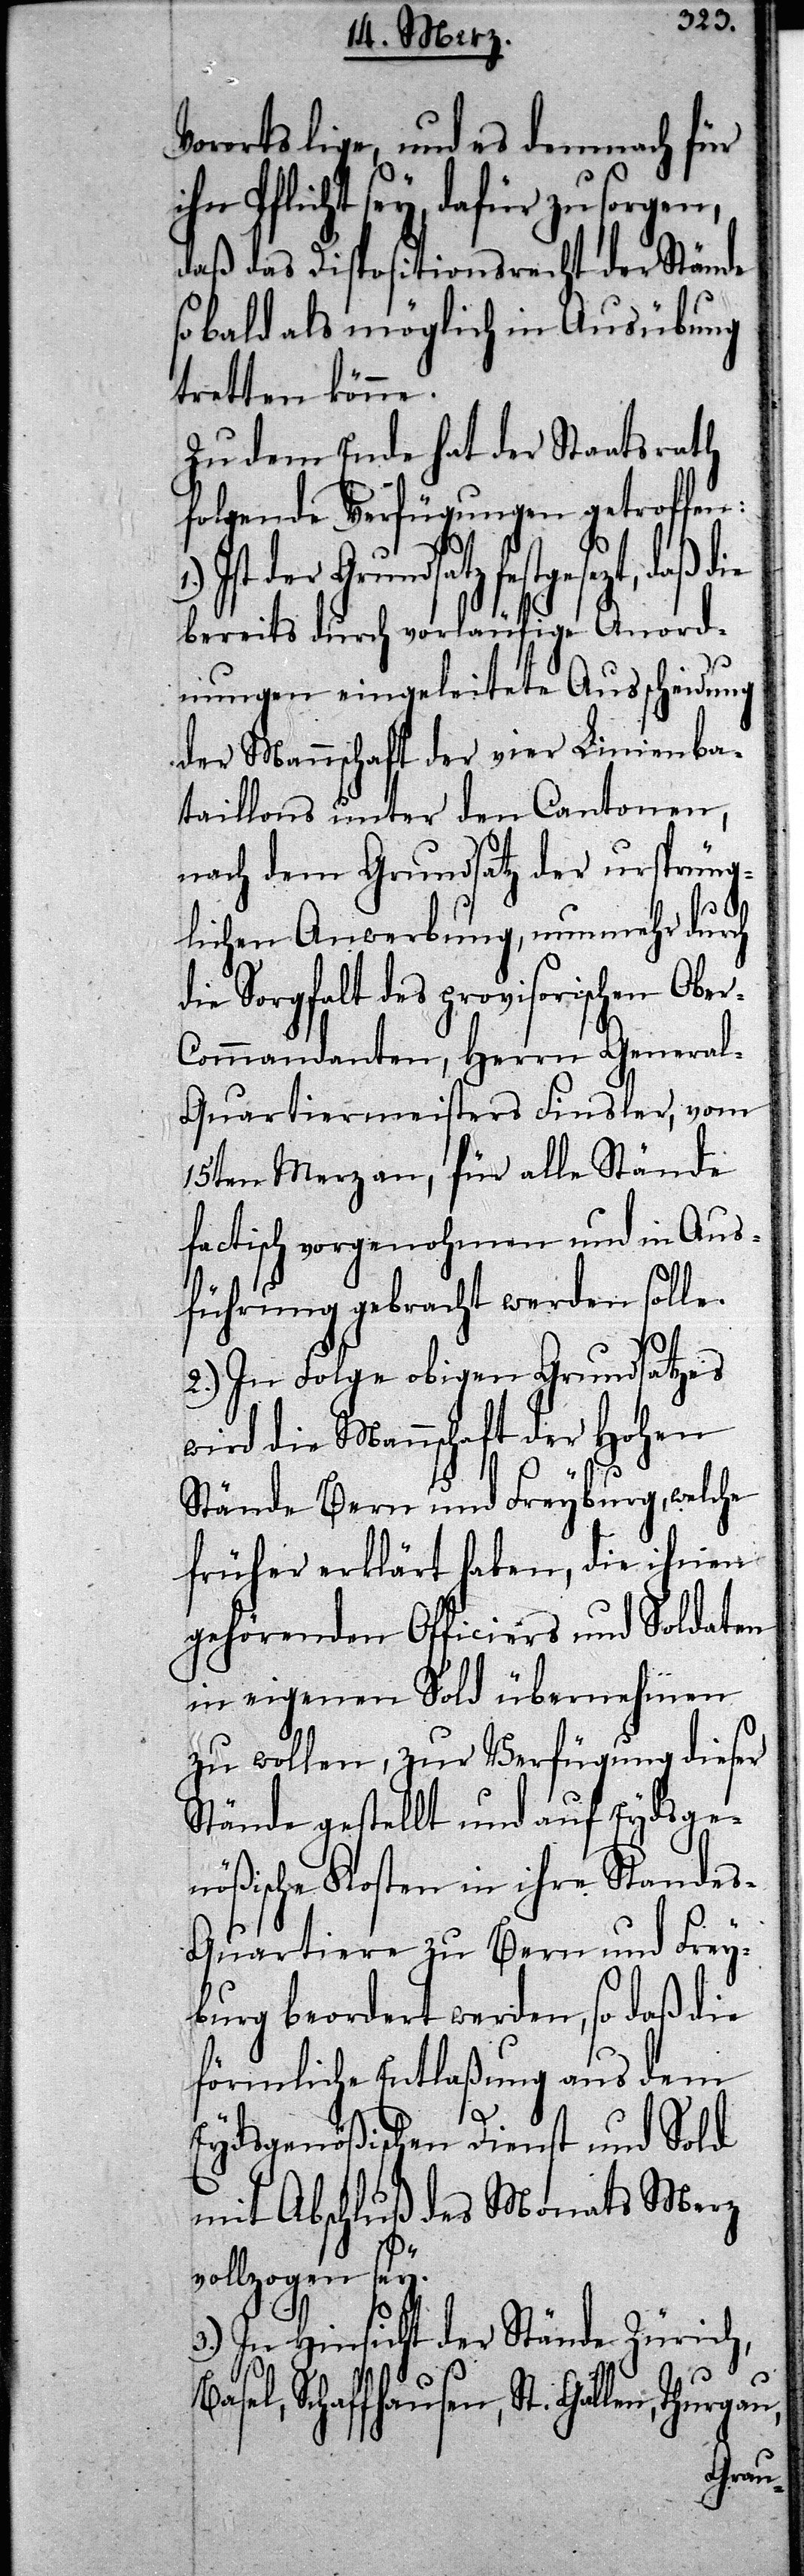
Vororts lige, und es demnach für
icht sey, dafür zu sorgen,
daß das Dispositionsrecht der Stände
so bald als möglich in Ausübung
tretten könne.
Zu dem Ende hat der Staatsrath
folgende Verfügungen getroffen:
der Grundsatz festgesezt, daß
bereits durch vorläufige Anord¬
nungen eingeleitete Ausscheidung
der Mannschaft der vier Linienba¬
taillons unter den Cantonen,
nach dem Grundsatz der ursprüng¬
lichen Anwerbung, nunmehr durch
ie Sorgfalt des provisorischen Obe¬
r-Commandanten, Herrn Genera¬
l-Quartiermeisters Finsler, vom
15ten Merz an, für alle Stände
factisch vorgenohmen und in Aus¬
führung gebracht werden solle.
2.) In Folge obigen Grundsatzes
wird die Mannschaft der Hohen
Stände Bern und Freyburg, welche
früher erklärt haben, die ihnen
gehörenden Officiers und Soldaten
in eigenen Sold übernehmen
zu wollen, zur Verfügung dieser
Stände gestellt und auf Eydsge¬
nößische Kosten in ihre Stande¬
s-Quartiere zu Bern und Frey¬
burg beordert werden, so daß die
förmliche Entlaßung aus dem
Eydsgenößischen Dienst und Sold
mit Abschluß des Monats Merz
gau,
vollzogen sey.
3.) In Hinsicht der Stände Zürich,
sel, Schaffhausen, St. Gallen, Thur¬